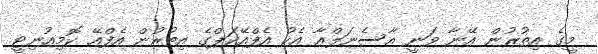
މީގެ އިތުރުން އޭނާ ވަނީ އާސެނަލްއާ އެކު އެފްއޭކަޕްގެ އިތުރުން އެފްއޭ ކޮމިއުނިޓީ